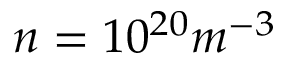
n = 1 0 ^ { 2 0 } m ^ { - 3 }